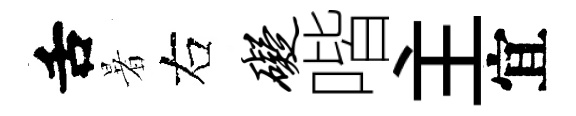
舌暑右碍喈主宜